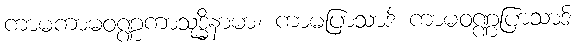
ကာမကာမဝဏ္ဏကာသုဒ္ဓိနာမာ၊ ကာမပြာသာဒ် ကာမဝဏ္ဏပြာသာဒ်